Calcutta medical institutions reports 1879-81 [i.e.91]
Year: 1879
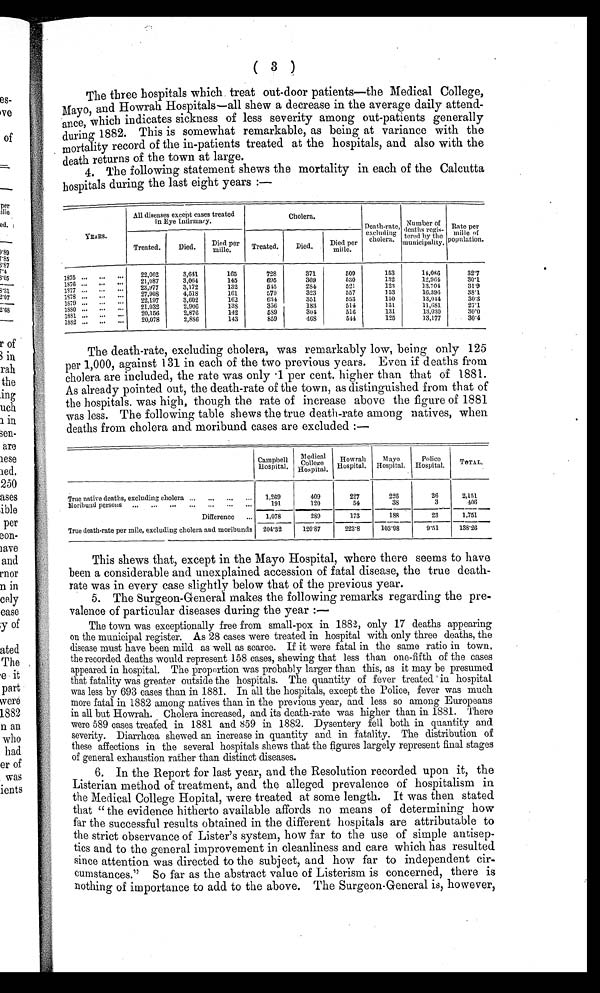
(3)
The three hospitals which treat out-door patients—the Medical College,
Mayo, and Howrah Hospitals—all shew a decrease in the average daily attend-
ance, which indicates sickness of less severity among out-patients generally
during 1882. This is somewhat remarkable, as being at variance with the
mortality record of the in-patients treated at the hospitals, and also with the
death returns of the town at large.
4. The following statement shews the mortality in each of the Calcutta
hospitals during the last eight years :—
YEARS.
All diseases except cases treated
in Eye Infirmary.
Cholera.
Death-rate,
excluding
cholera.
Number of
deaths regis-
tered by the municipality. Rate per
mi l l e of popul at i on.
Treated.
Died.
D i e d p e r m i l l e .
Treated.
Died.
Died per
mille.
1875 ... ... ...
22,062
3,641
165
728
371
509
153
14,086
3 2 . 7
1 8 7 6 ... . . .
. . . 21,087
3,064
145
695
369
530
132
12,964
3 0 . 1
1877 ...
. . .
. . . 23,977
3,172
132
545
284
521
123
1 3 . 7 0 4
3 1 . 9
1878 ... ... ...
27,908
4,518
161
579
323
557
153
16.396
38.1
1 8 7 9 ...
. . . ...
22,197
3,602
1 6 2
634
351
553
150
1 3 , 0 4 4
3 0 . 3
1 8 8 0 ...
. . . ...
21,032
2,906
138
3 5 6
183
514
131
1 1 , 6 8 1
27.1
1881 ... ... ...
20,156
2,876
142
589
304
516
131
13,030
3 0 . 0
1 8 8 2 ... ... ...
20,078
2 , 8 8 6
143
859
468
544
125
13,177
30.4
The death-rate, excluding cholera, was remarkably low, being only 125
per 1,000, against 131 in each of the two previous years. Even if deaths from
cholera are included, the rate was only .1 per cent. higher than that of 1881.
As already pointed out, the death-rate of the town, as distinguished from that of
the hospitals. was high, though the rate of increase above the figure of 1881
was less. The following table shews the true death-rate among natives, when
deaths from cholera and moribund cases are excluded :—
Campbell
H o s p i t a l .
M e d i c a l
College
Hospital.
Howrah
Hospital.
Mayo
Hospital.
Police
Hospital. TOTAL.
True native deaths, excluding cholera ... ... ... ... 1,269
409
227
226
26
2 , 1 5 1
Moribund persons . . .
. . .
. . .
. . .
. . .
. . . . . .
191
120
54
38
3
406
Difference ... 1,078
289
173
188
23
1,751
True death-rate per mile, excluding cholera and moribunds 204.32
120.87
223.8
1 0 3 . 9 8
9.51
138.26
This shews that, except in the Mayo Hospital, where there seems to have
been a considerable and unexplained accession of fatal disease, the true death-
rate was in every case slightly below that of the previous year.
5. The Surgeon-General makes the following remarks regarding the pre-
valence of particular diseases during the year :—
The town was exceptionally free from small-pox in 1882, only 17 deaths appearing
on the municipal register. As 28 cases were treated in hospital with only three deaths, the
disease must have been mild as well as scarce. If it were fatal in the same ratio in town,
the recorded deaths would represent 158 cases, shewing that less than one-fifth of the cases
appeared in hospital. The proportion was probably larger than this, as it may be presumed
that fatality was greater outside the hospitals. The quantity of fever treated in hospital
was less by 693 cases than in 1881. In all the hospitals, except the Police, fever was much
more fatal in 1882 among natives than in the previous year, and less so among Europeans
in all but Howrah. Cholera increased, and its death-rate was higher than in 1881. There
were 589 cases treated in 1881 and 859 in 1882. Dysentery fell both in quantity and
severity. Diarrhœa shewed an increase in quantity and in fatality. The distribution of
these affections in the several hospitals shews that the figures largely represent final stages
of general exhaustion rather than distinct diseases.
6. In the Report for last year, and the Resolution recorded upon it, the
Listerian method of treatment, and the alleged prevalence of hospitalism in
the Medical College Hopital, were treated at some length. It was then stated
that "the evidence hitherto available affords no means of determining how
far the successful results obtained in the different hospitals are attributable to
the strict observance of Lister's system, how far to the use of simple antisep-
tics and to the general improvement in cleanliness and care which has resulted
since attention was directed to the subject, and how far to independent cir
-cumstances." So far as the abstract value of Listerism is concerned, there is
nothing of importance to add to the above. The Surgeon-General is, however,